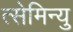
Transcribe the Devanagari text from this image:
त्सेमिन्यु